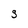
Character: S